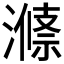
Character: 𱨶